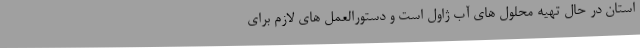
استان در حال تهیه محلول های آب ژاول است و دستورالعمل های لازم برای